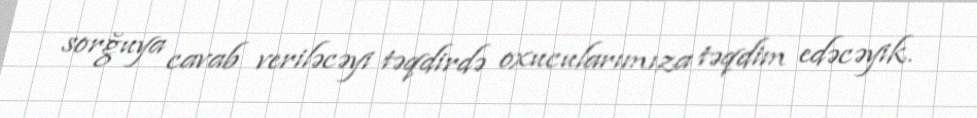
sorğuya cavab veriləcəyi təqdirdə oxucularımıza təqdim edəcəyik.